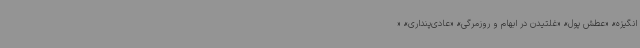
انگیزه»، «عطش پول»، «غلتیدن در ابهام و روزمرگی»، «عادی‌پنداری»، «